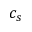
c _ { s }